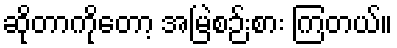
ဆိုတာကိုတော့ အမြဲစဉ်းစား ကြတယ်။